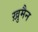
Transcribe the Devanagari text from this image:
ख़ुमैन